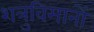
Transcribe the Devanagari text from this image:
शत्रुविमानों